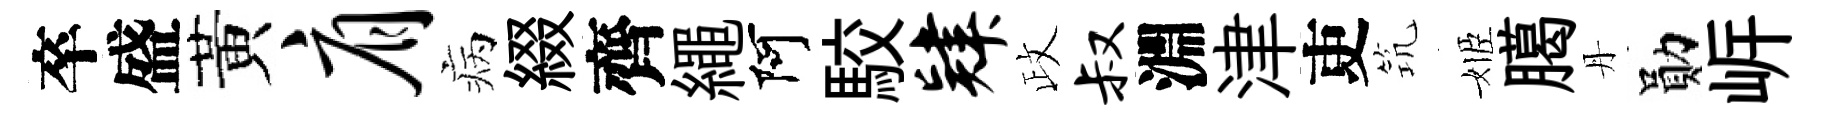
卒盛黃肩病綴齊繩阿駮肄政叔淵津吏𥬑姬臈丹勛㟁